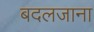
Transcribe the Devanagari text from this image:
बदलजाना